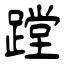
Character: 蹚